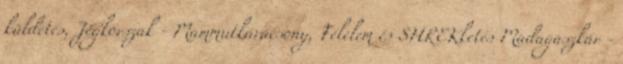
küldetés, Jégkorszak - Mammutkarácsony, Félelem és SHREKketés Madagaszkár -